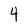
Character: 4